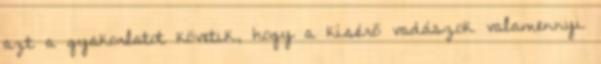
azt a gyakorlatot követik, hogy a kísérő vadászok valamennyi